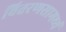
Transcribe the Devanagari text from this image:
वितरणसामर्थ्य